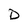
Character: D